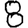
Digit: 8